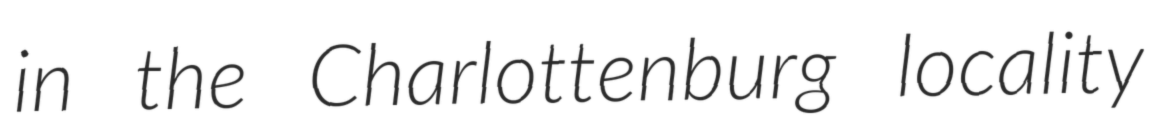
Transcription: in the Charlottenburg locality